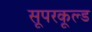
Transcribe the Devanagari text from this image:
सूपरकूल्ड